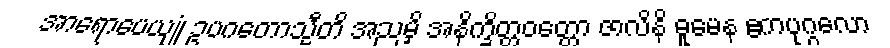
အာရောပေယျုံ ဥပဂတောသ္မီတိ အညမှိ အနိက္ခိတ္တဝတ္တော ဇာလိနိ ဓူမေန ဧကပုဂ္ဂလော